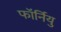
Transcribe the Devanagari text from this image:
फॉर्नियु